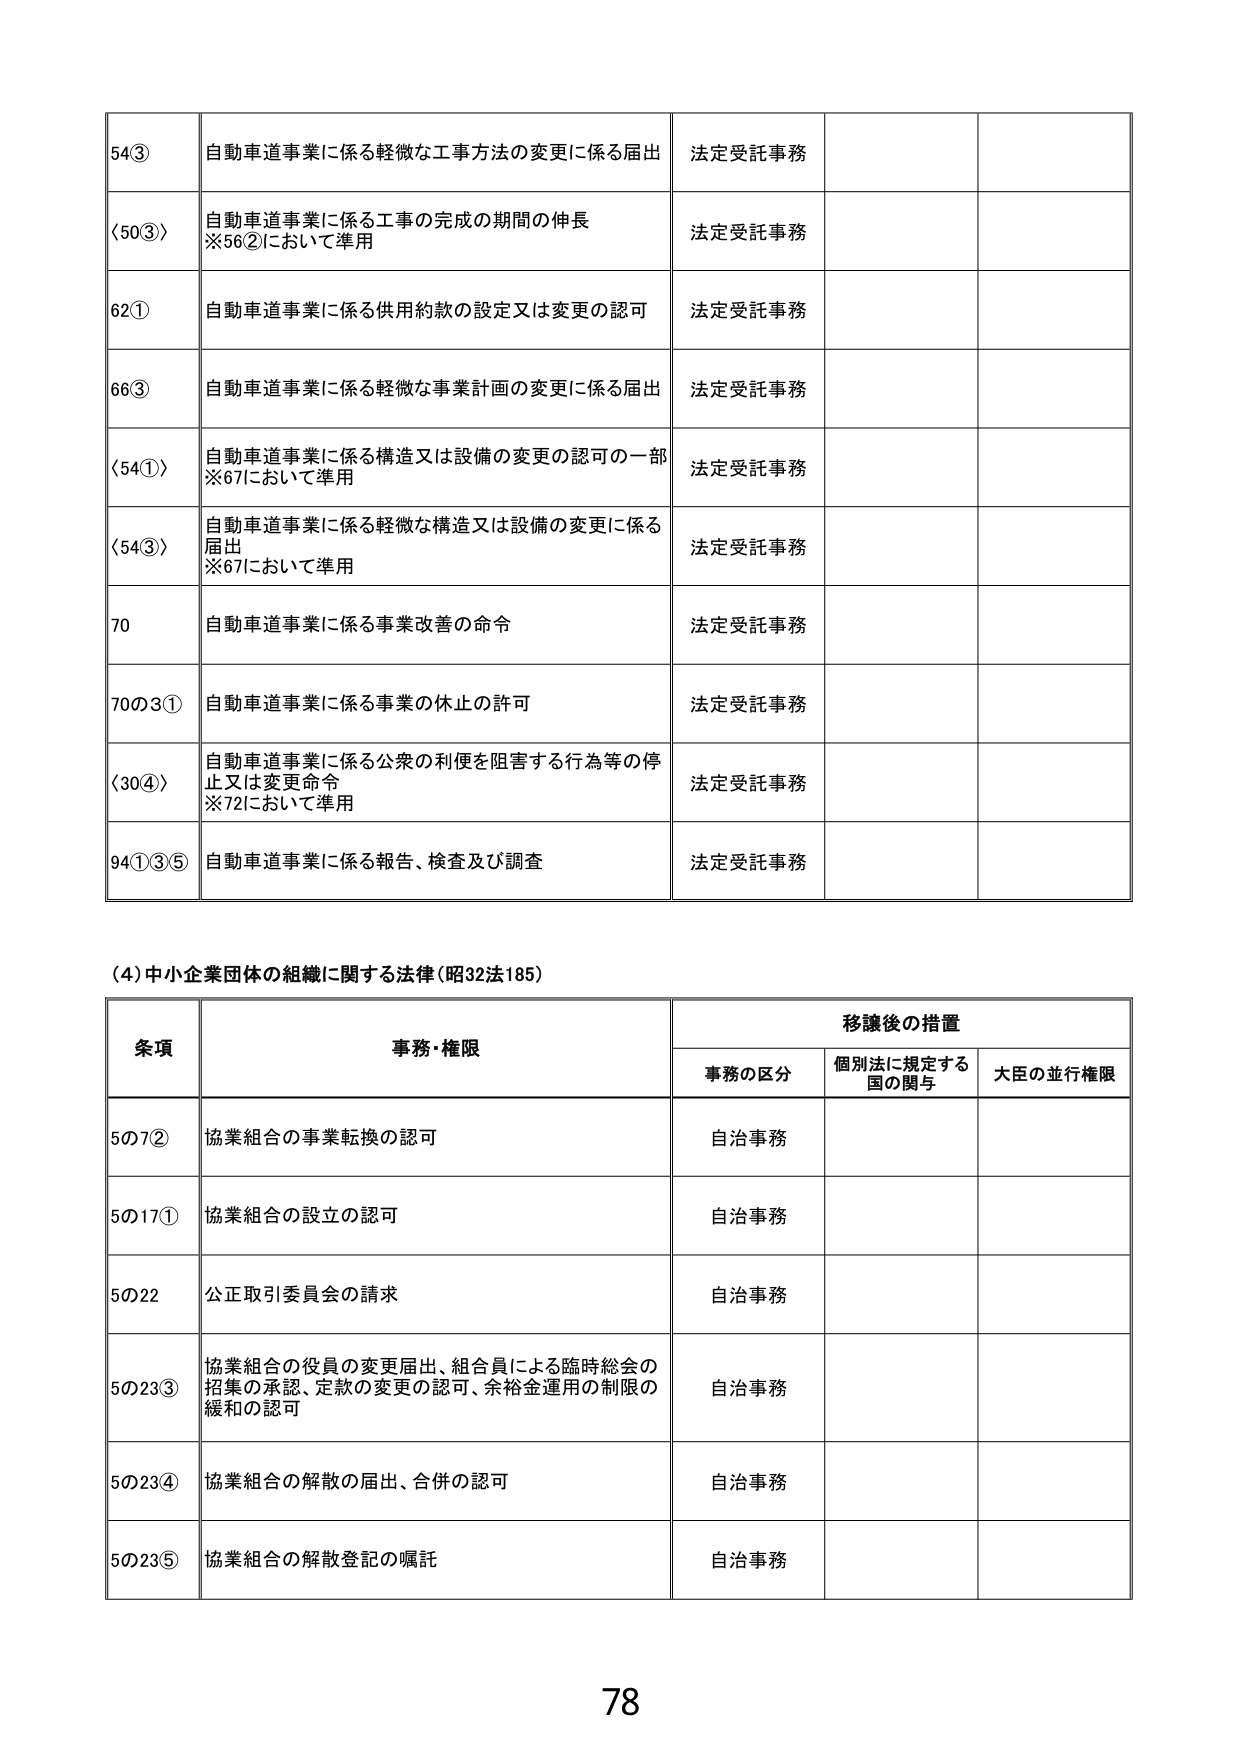
54③ 自動車道事業に係る軽微な工事方法の変更に係る届出 法定受託事務
〈50③〉 自動車道事業に係る工事の完成の期間の伸長
※56②において準用 法定受託事務
62① 自動車道事業に係る供用約款の設定又は変更の認可 法定受託事務
66③ 自動車道事業に係る軽微な事業計画の変更に係る届出 法定受託事務
〈54①〉 自動車道事業に係る構造又は設備の変更の認可の一部
※67において準用 法定受託事務
〈54③〉 自動車道事業に係る軽微な構造又は設備の変更に係る
届出
※67において準用 法定受託事務
70 自動車道事業に係る事業改善の命令 法定受託事務
70の3① 自動車道事業に係る事業の休止の許可 法定受託事務
〈30④〉 自動車道事業に係る公衆の利便を阻害する行為等の停
止又は変更命令
※72において準用 法定受託事務
94①③⑤ 自動車道事業に係る報告、検査及び調査 法定受託事務

（4）中小企業団体の組織に関する法律（昭32法185）

条項 事務・権限 移譲後の措置
　　事務の区分 個別法に規定する
　　国の関与 大臣の並行権限
5の7② 協業組合の事業転換の認可 自治事務
5の17① 協業組合の設立の認可 自治事務
5の22 公正取引委員会の請求 自治事務
5の23③ 協業組合の役員の変更届出、組合員による臨時総会の
　　招集の承認、定款の変更の認可、余裕金運用の制限の
　　緩和の認可 自治事務
5の23④ 協業組合の解散の届出、合併の認可 自治事務
5の23⑤ 協業組合の解散登記の嘱託 自治事務

78